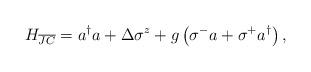
LaTeX: \begin{align*} H_{\overline{JC}}=a^\dagger a+ \Delta \sigma^z + g \left( \sigma^- a + \sigma^+ a^\dagger \right), \end{align*}